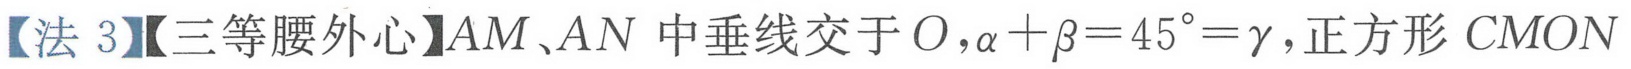
【法 3】【三等腰外心】\(AM、AN\)中垂线交于\(O\)，\(\alpha+\beta = 45^{\circ}=\gamma\)，正方形\(CMON\)